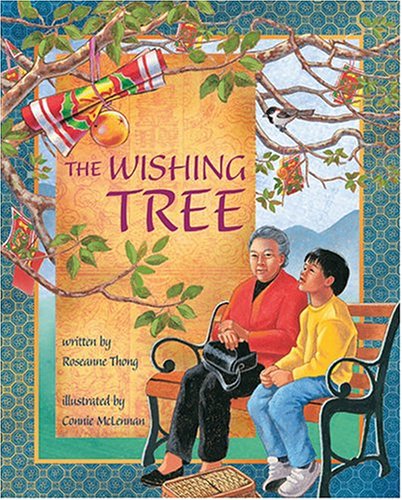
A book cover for The Wishing Tree; Roseanne Thong; Children's Books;